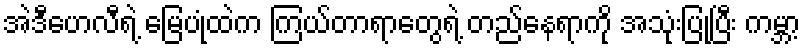
အဲဒီဟေလီရဲ့ မြေပုံထဲက ကြယ်တာရာတွေရဲ့ တည်နေရာကို အသုံးပြုပြီး ကမ္ဘာ့